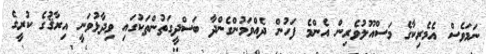
ނަމަވެސް އެމެރިކާގެ މަސްއޫލުވެރިން އެންމެ ފަހުން ދެއްވަމުންގެންދާ ބަސްދީގަތުންތަކުގައި ވިދާޅުވަނީ އިރާޤުގެ ކުރީގެ